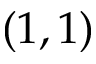
( 1 , 1 )